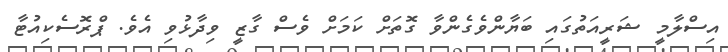
އިސްލާމީ ޝަރީއަތުގައި ބަޔާންވެގެންވާ ގޮތަށް ކަމަށް ވެސް ގާޒީ ވިދާޅުވި އެވެ. ޕްރޮސެކިއުޓާ